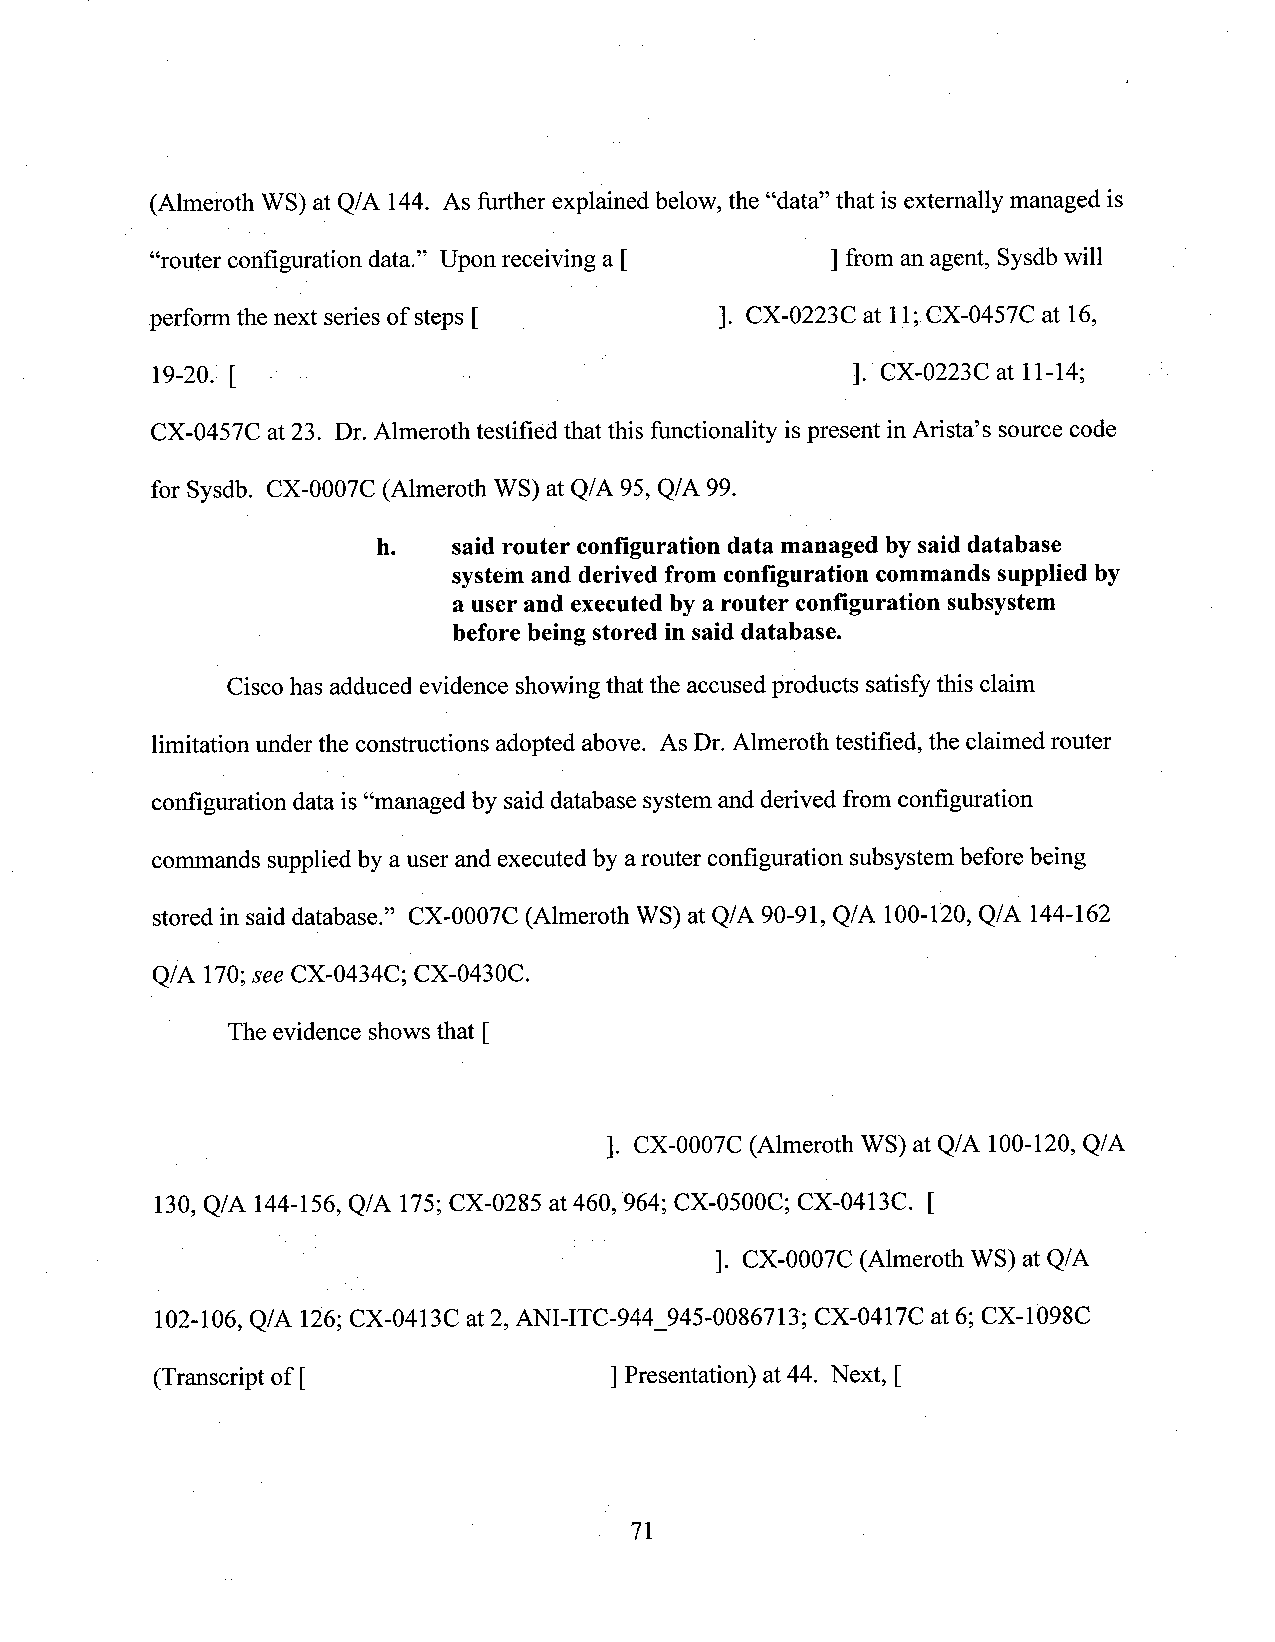
(Almeroth WS) at Q/A 144. As further explained below, the “data” that is externally managed is
 “router configuration data.” Upon receiving a [ ] from anagent, Sysdb will
 perform the next series of steps [    ]. CX-0223C at 11;CX-0457C at 16,
 19-20. [ - -         -                        ]. CX-0223C at 11-14;
 CX-0457C at 23. Dr. Almeroth testified that this functionality ispresent in Arista’s sourcecode
 for Sysdb. CX-0007C (Almeroth WS) at Q/A 95, Q/A 99.
 h.   said router configuration data managed bysaiddatabase
 systemand derived from configuration commands supplied by
 a user and executedbya router configuration subsystem
 before being stored in saiddatabase.
 Cisco has adduced evidence showing that the accused products satisfy this claim
 limitation underthe constructions adopted above. AsDr. Almeroth testified, the claimed router
 configuration data is“managed by saiddatabase systemand derived from configuration
 commands supplied by a user and executed by arouter configuration subsystembefore being
 stored in said database.” CX-0007C (Almeroth WS) at Q/A 90-91, Q/A 100-120, Q/A 144-162
 Q/A 170;see CX-0434C; CX-0430C.
 The evidence shows that [
 ]. CX-0007C (Almeroth WS) at Q/A 100-120, Q/A
 130,Q/A 144-156, Q/A 175; CX-0285 at 460, 964; CX-0500C; CX-0413C. [
 ]. CX-0007C (Alrneroth WS) at Q/A
 102-106, Q/A 126;CX-0413C at2, ANI-ITC-944_945-0086713; CX-0417C at 6; CX-1098C
 (Transcript of [              ]Presentation) at 44. Next, [
 71